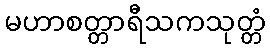
မဟာစတ္တာရီသကသုတ္တံ